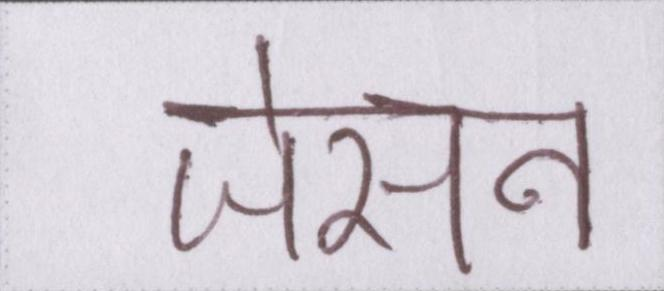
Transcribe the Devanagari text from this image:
जेसन